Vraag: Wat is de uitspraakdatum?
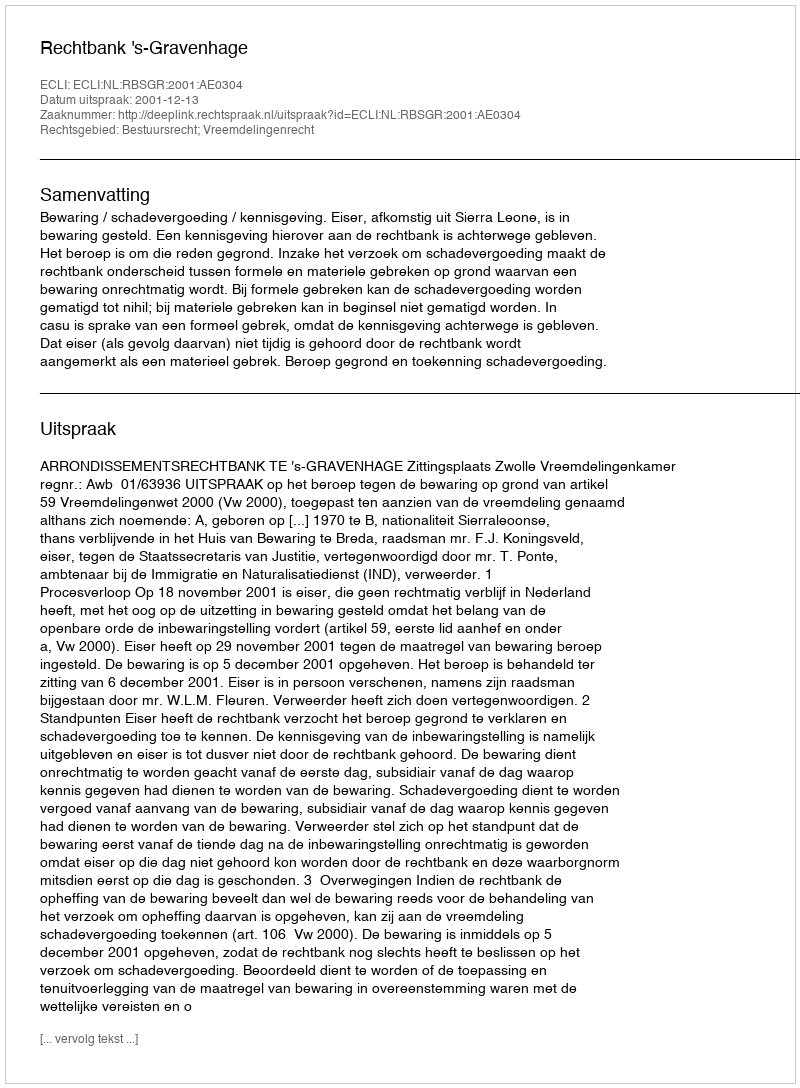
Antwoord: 2001-12-13